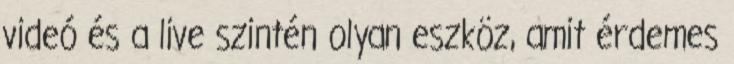
videó és a live szintén olyan eszköz, amit érdemes